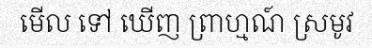
មើល ទៅ ឃើញ ព្រាហ្មណ៍ ស្រមូវ